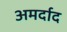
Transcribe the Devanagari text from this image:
अमर्दाद